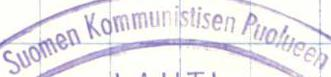
Suomen Kommunistisen Puolueen